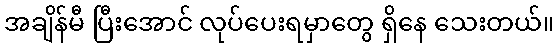
အချိန်မီ ပြီးအောင် လုပ်ပေးရမှာတွေ ရှိနေ သေးတယ်။